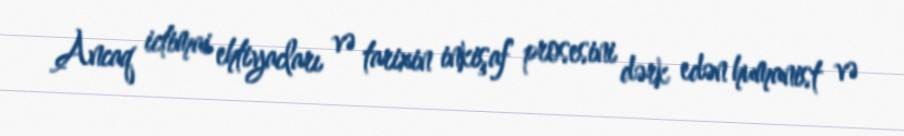
Ancaq ictimai ehtiyacları və tarixin inkişaf prosesini dərk edən humanist və